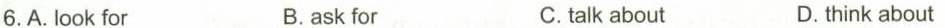
6.A. Look for B.ask for C.talk about D.think about